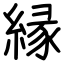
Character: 縁